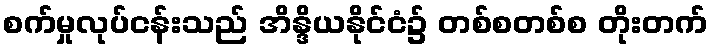
စက်မှုလုပ်ငန်းသည် အိန္ဒိယနိုင်ငံ၌ တစ်စတစ်စ တိုးတက်